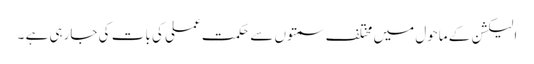
الیکشن کے ماحول میں مختلف سمتوں سے حکمت عملی کی بات کی جارہی ہے ۔